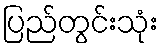
ပြည်တွင်းသုံး